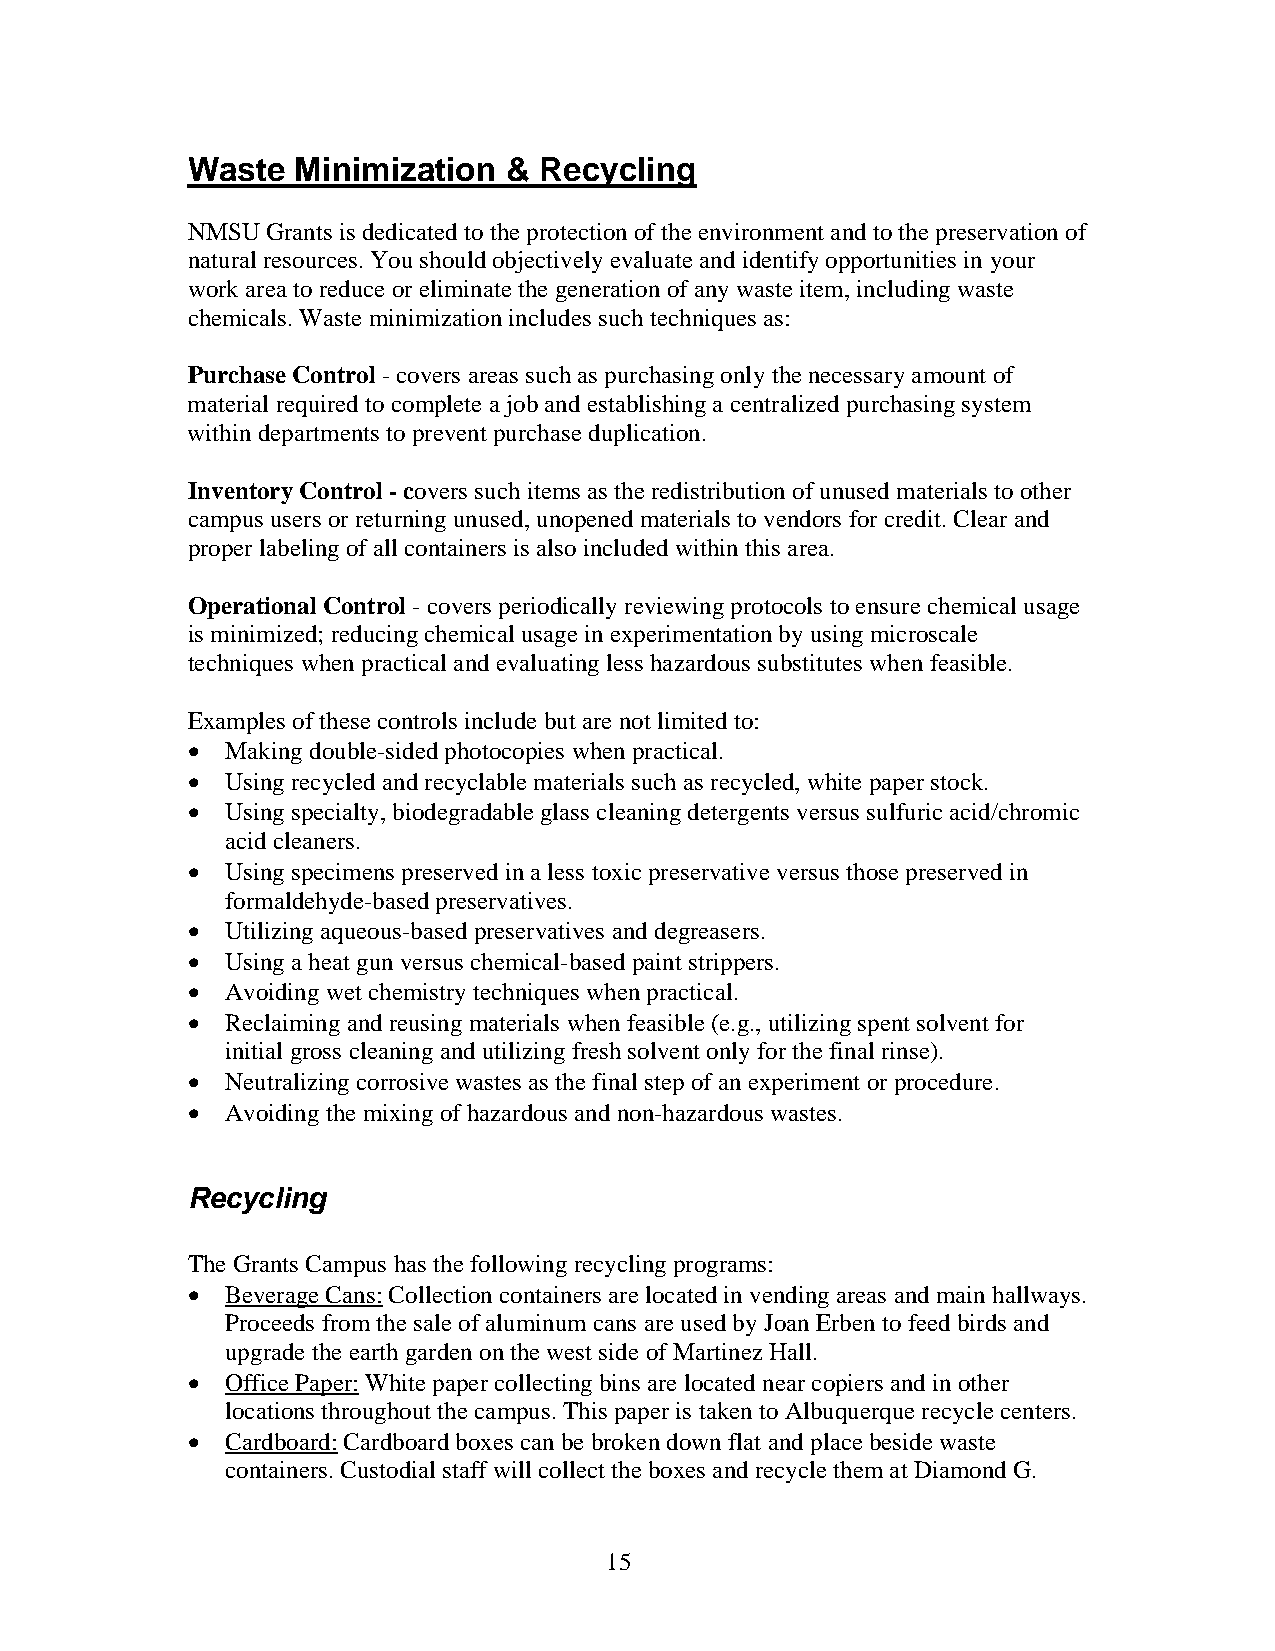
Waste   Minimization &  Recycling
 NMSU  Grants is dedicated to the protection of the environment and to the preservation of
 natural resources. You should objectively evaluate and identify opportunities in your
 work area to reduce or eliminate the generation of any waste item, including waste
 chemicals. Waste minimization includes such techniques as:
 Purchase Control-covers areas such as purchasing only the necessary amount of
 material required to complete a job and establishing a centralized purchasing system
 within departments to prevent purchase duplication.
 Inventory Control -covers such items as the redistribution of unused materials to other
 campus users or returning unused, unopened materials to vendors for credit. Clear and
 proper labeling of all containers is also included within this area.
 Operational Control-covers periodically reviewing protocols to ensure chemical usage
 is minimized; reducing chemical usage in experimentation by using microscale
 techniques when practical and evaluating less hazardous substitutes when feasible.
 Examples of these controls include but are not limited to:
   Making double-sided photocopies when practical.
   Using recycled and recyclable materials such as recycled, white paper stock.
   Using specialty, biodegradable glass cleaning detergents versus sulfuric acid/chromic
 acid cleaners.
   Using specimens preserved in a less toxic preservative versus those preserved in
 formaldehyde-based preservatives.
   Utilizing aqueous-based preservatives and degreasers.
   Using a heat gun versus chemical-based paint strippers.
   Avoiding wet chemistry techniques when practical.
   Reclaiming and reusing materials when feasible (e.g., utilizing spent solvent for
 initial gross cleaning and utilizing fresh solvent only for the final rinse).
   Neutralizing corrosive wastes as the final step of an experiment or procedure.
   Avoiding the mixing of hazardous and non-hazardous wastes.
 Recycling
 The Grants Campus has the following recycling programs:
   Beverage Cans: Collection containers are located in vending areas and main hallways.
 Proceeds from the sale of aluminum cans are used by Joan Erben to feed birds and
 upgrade the earth garden on the west side of Martinez Hall.
   Office Paper:White paper collecting bins are located near copiers and in other
 locations throughout the campus. This paper is taken to Albuquerque recycle centers.
   Cardboard: Cardboard boxes can be broken down flat and place beside waste
 containers. Custodial staff will collect the boxes and recycle them at Diamond G.
 15